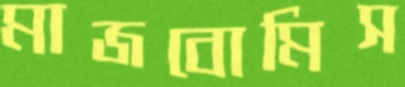
মাজবোমিস